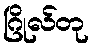
ဂြိုလ်တု